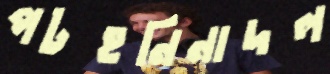
পটহনিনাদল